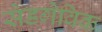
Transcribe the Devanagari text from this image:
सेडगेविक